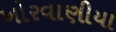
ખોરવાણીયા